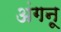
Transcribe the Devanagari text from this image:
अंगनू